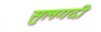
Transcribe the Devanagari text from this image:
सुलगदी